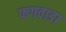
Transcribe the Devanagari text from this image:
फगवाडा